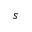
s